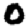
Digit: 0